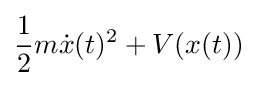
{\frac {1}{2}}m{\dot {x}}(t)^{2}+V(x(t))